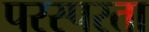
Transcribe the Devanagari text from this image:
परस्परता